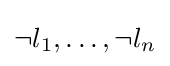
\neg l_{1},\dots ,\neg l_{n}